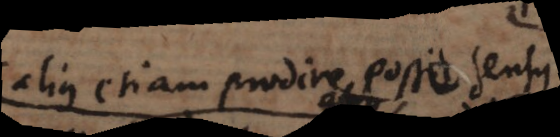
alius etiam prodire posse sensus.